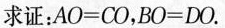
求证：$$A O = C O$$，$$B O = D O$$.